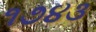
૧૭૪૩